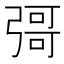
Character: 彁